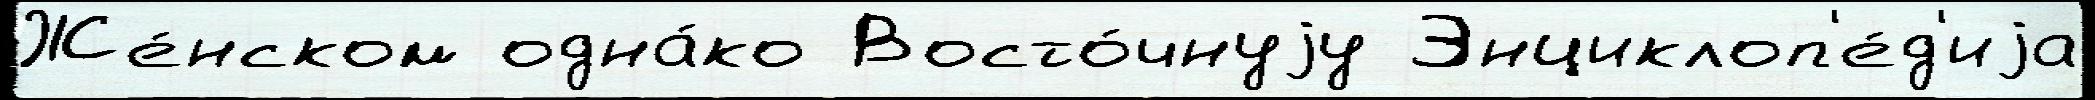
Же́нском одна́ко Восто́чнуjу Энциклоп'е́д'иjа